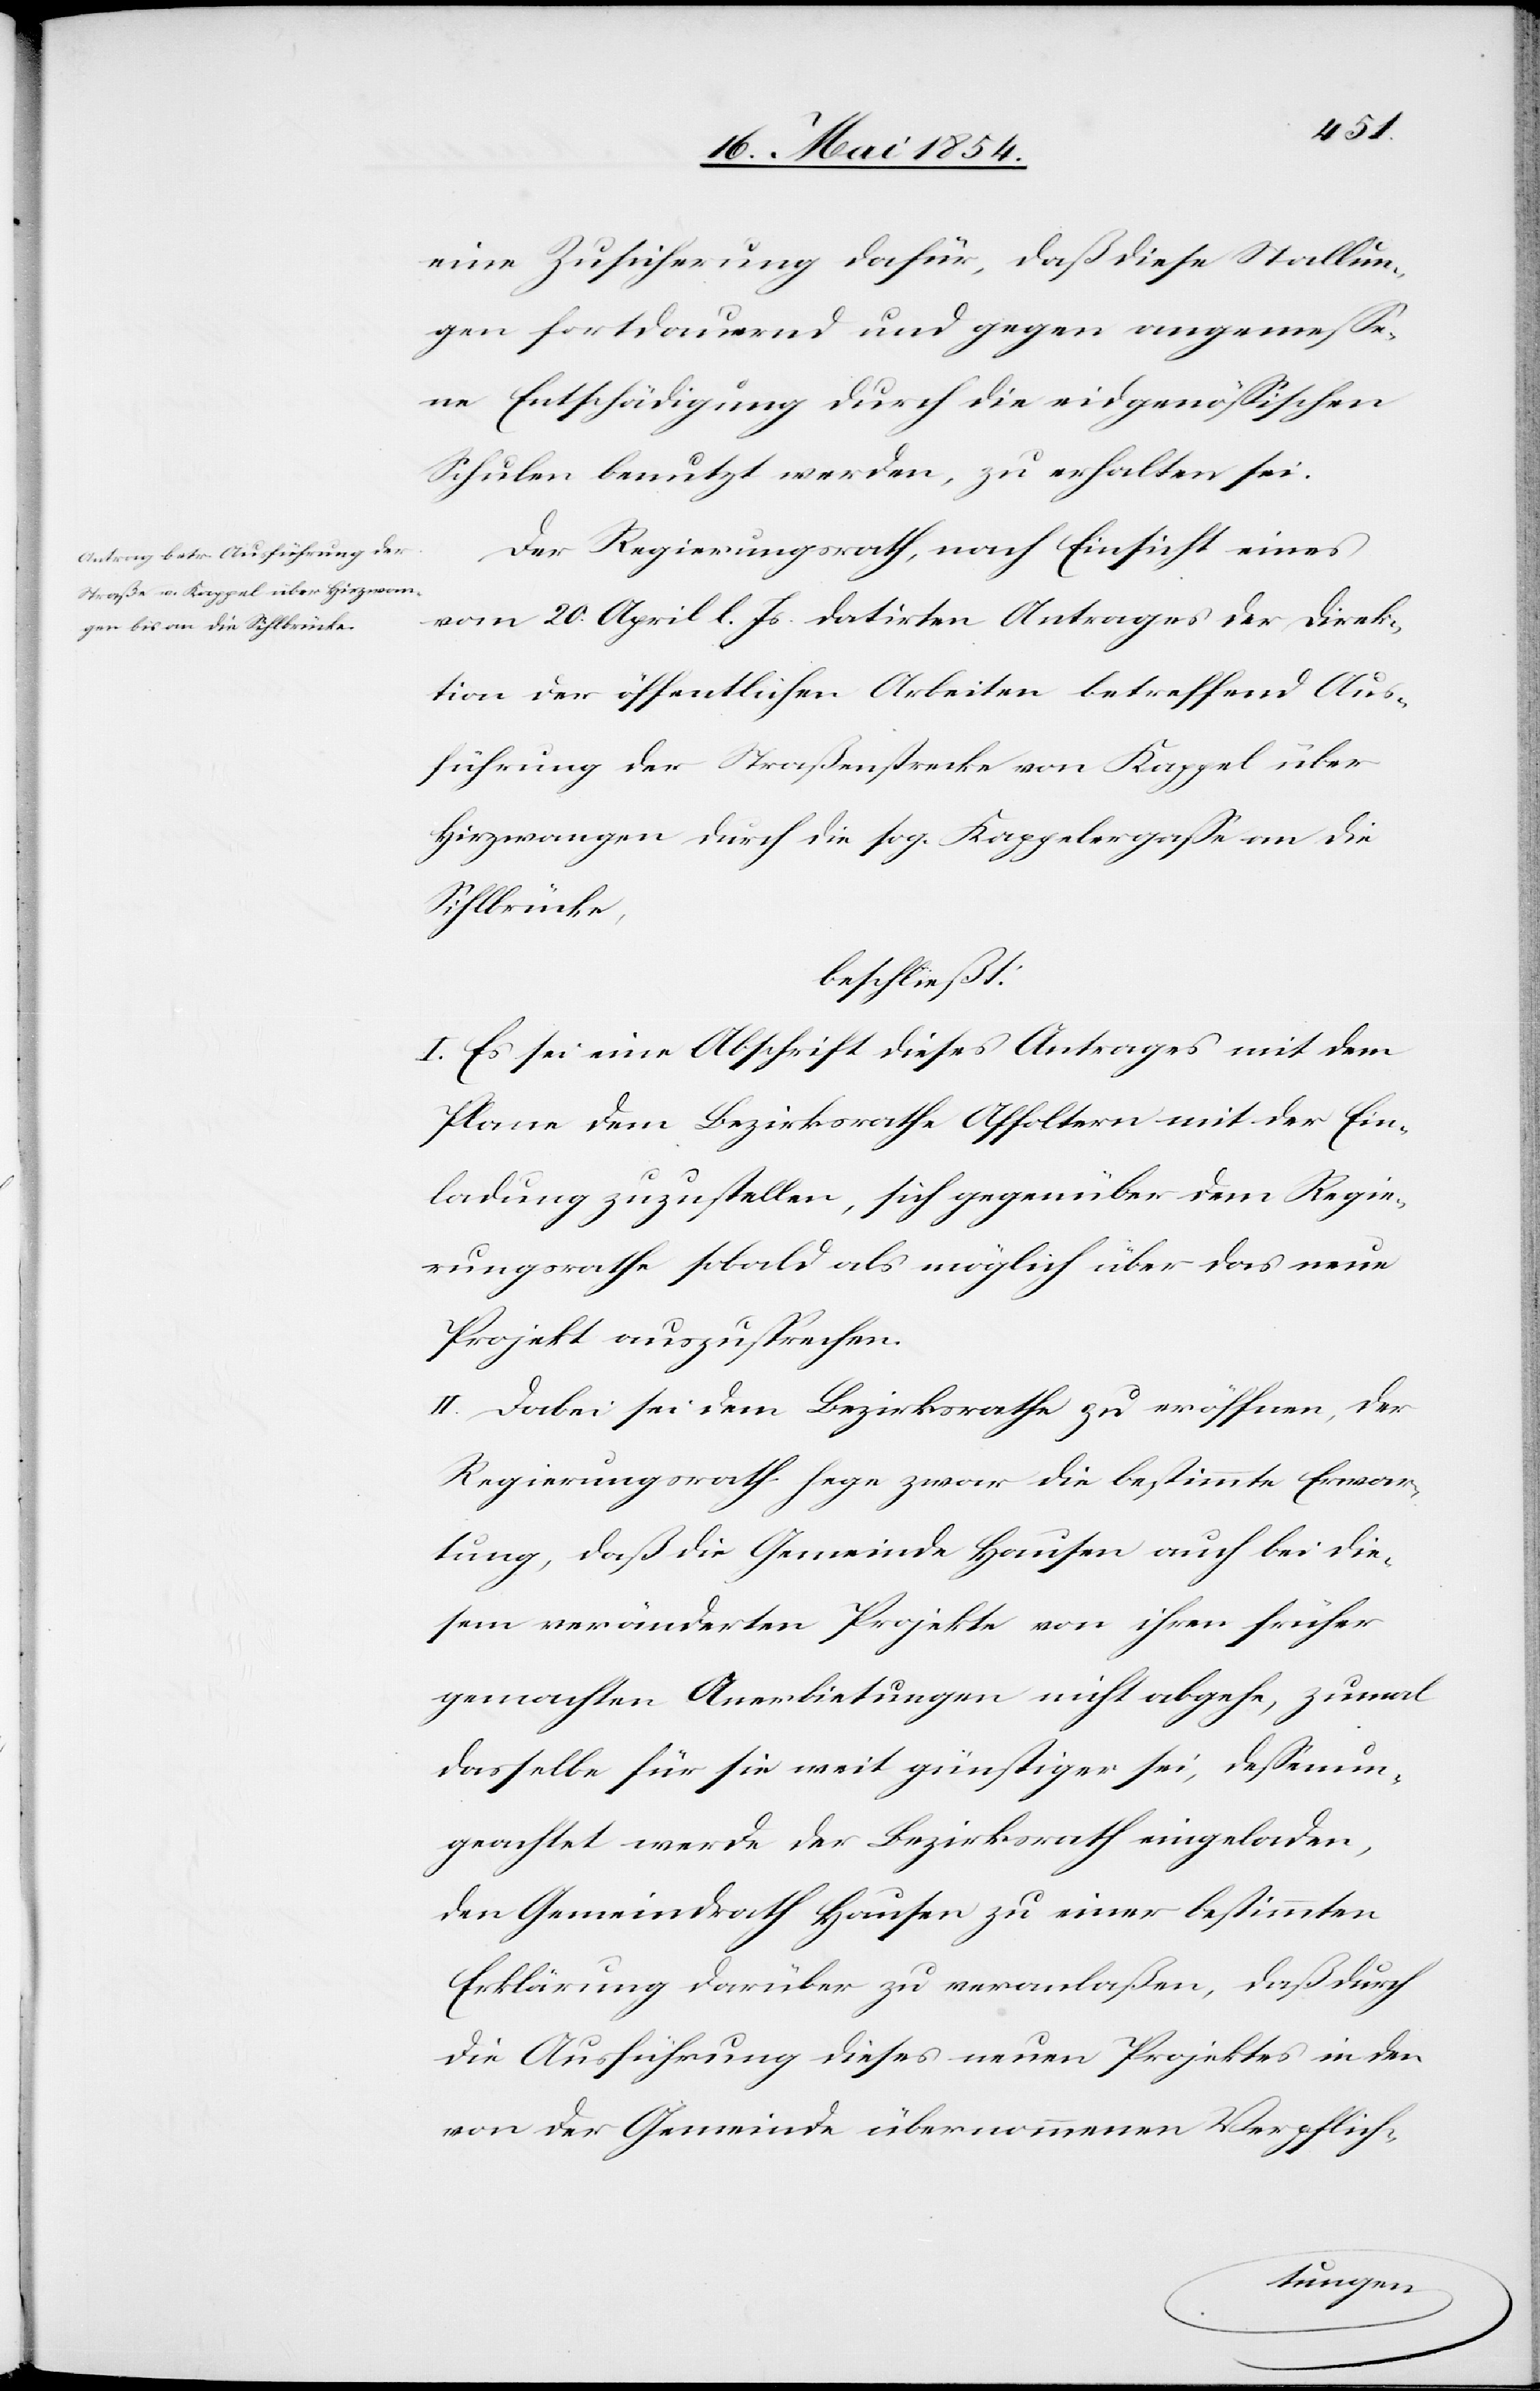
eine Zusicherung dafür, daß diese Stallun¬
gen fortdauernd und gegen angemeße¬
ne Entschädigung durch die eidgenößischen
Schulen benutzt werden, zu erhalten sei.
Der Regierungsrath, nach Einsicht eines
vom 20. April l. Js. datirten Antrages der Direk¬
tion der öffentlichen Arbeiten betreffend Aus¬
führung der Straßenstrecke von Kappel über
Hirzwangen durch die sog. Kappelergaße an die
Sihlbrücke,
beschließt:
I. Es sei eine Abschrift dieses Antrages mit dem
Plane dem Bezirksrathe Affoltern mit der Ein¬
ladung zuzustellen, sich gegenüber dem Regie¬
rungsrathe sobald als möglich über das neue
Projekt auszusprechen.
II. Dabei sei dem Bezirksrathe zu eröffnen, der
Regierungsrath hege zwar die bestimmte Erwar¬
tung, daß die Gemeinde Hausen auch bei die¬
sem veränderten Projekte von ihren früher
gemachten Anerbietungen nicht abgehe, zumal
dasselbe für sie weit günstiger sei, deßenun¬
geachtet werde der Bezirksrath eingeladen,
den Gemeindrath Hausen zu einer bestimmten
Erklärung darüber zu veranlaßen, daß durch
die Ausführung dieses neuen Projektes in den
von der Gemeinde übernommenen Verpflich-